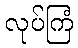
လုပ်ကြံ